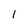
Character: 1